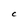
Character: C